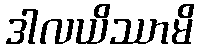
ဒါလယိဿာမိ